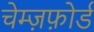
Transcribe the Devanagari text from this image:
चेम्ज़फ़ोर्ड